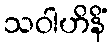
သဝါဟိနိံ